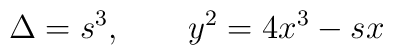
\Delta=s^{3}, \qquad y^{2}=4x^{3}-sx